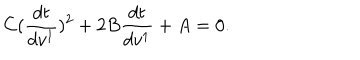
C ( \frac { d t } { d v ^ { 1 } } ) ^ { 2 } + 2 B \frac { d t } { d v ^ { 1 } } + A = 0 .